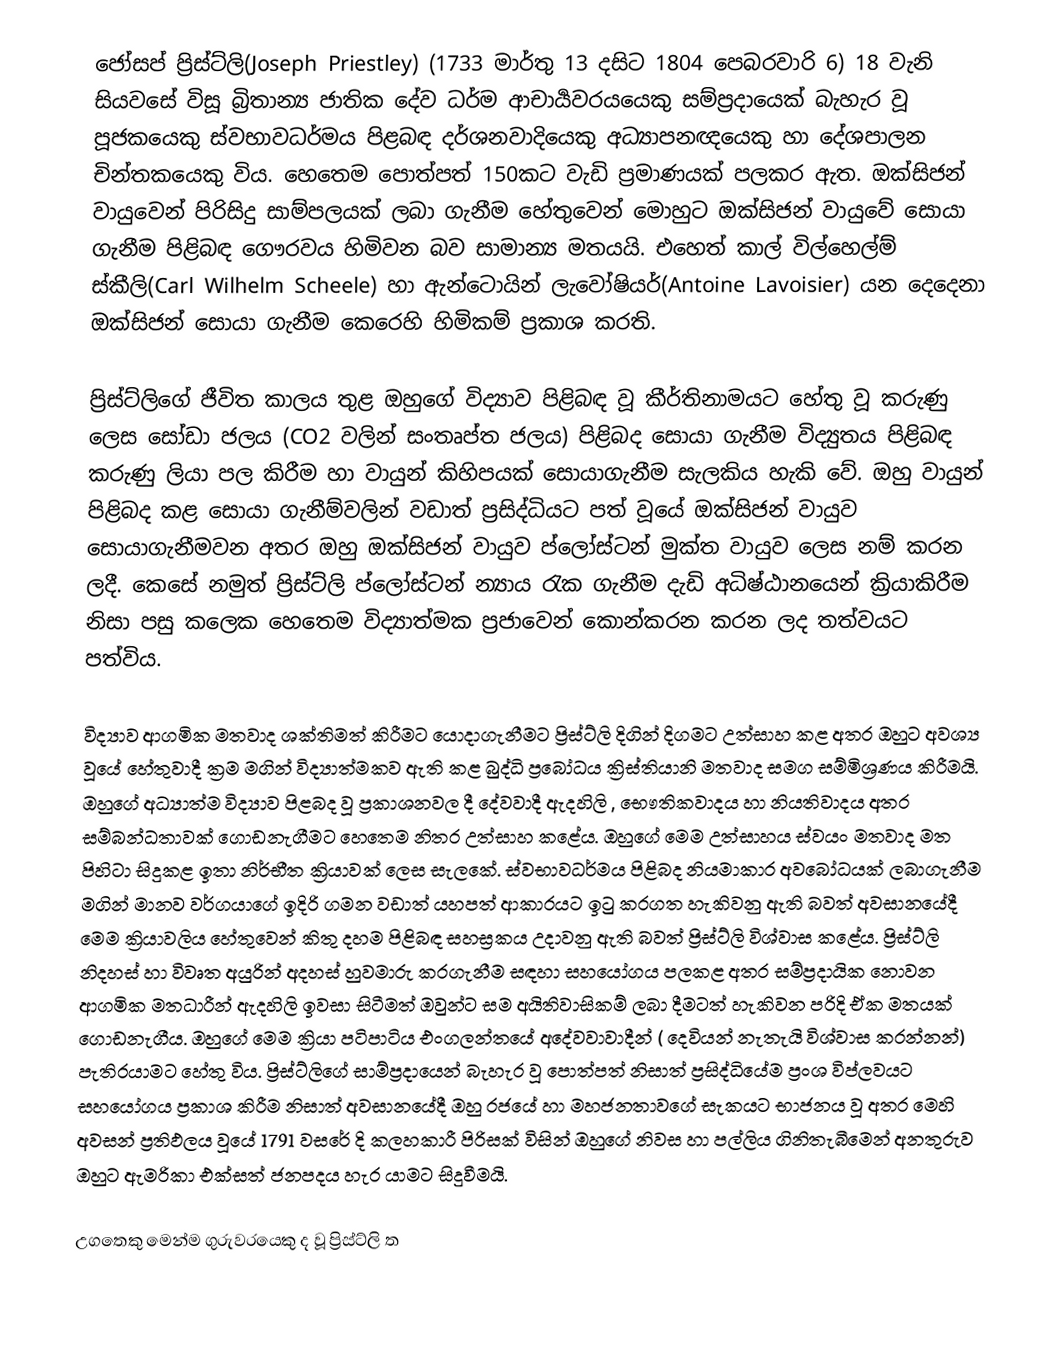
ජෝසප් ප්‍රිස්ට්ලි(Joseph Priestley) (1733 මාර්තු 13 දසිට 1804 පෙබරවාරි 6) 18 වැනි සියවසේ විසූ බ්‍රිතාන්‍ය ජාතික දේව ධර්ම ආචාර්‍යවරයයෙකු සම්ප්‍රදායෙක් බැහැර වූ පූජකයෙකු ස්වභාවධර්මය පිළබඳ දර්ශනවාදියෙකු අධ්‍යාපනඥයෙකු හා දේශපාලන චින්තකයෙකු විය. හෙතෙම පොත්පත් 150කට වැඩි ප්‍රමාණයක් පලකර ඇත. ඔක්සිජන් වායුවෙන් පිරිසිදු සාම්පලයක් ලබා ගැනීම හේතුවෙන් මොහුට ඔක්සිජන් වායුවේ සොයා ගැනීම පිළිබඳ ගෞරවය හිමිවන බව සාමාන්‍ය මතයයි. එහෙත් කාල් විල්හෙල්ම් ස්කීලි(Carl Wilhelm Scheele) හා ඇන්ටොයින් ලැවෝෂියර්(Antoine Lavoisier) යන දෙදෙනා ඔක්සිජන් සොයා ගැනීම කෙරෙහි හිමිකම් ප්‍රකාශ කරති.

ප්‍රිස්ට්ලිගේ ජීවිත කාලය තුළ ඔහුගේ විද්‍යාව පිළිබඳ වූ කීර්තිනාමයට හේතු වූ කරුණු ලෙස සෝඩා ජලය (CO2 වලින් සංතෘප්ත ජලය) පිළිබද සොයා ගැනීම විද්‍යුතය පිළිබඳ කරුණු ලියා පල කිරීම හා වායුන් කිහිපයක් සොයාගැනීම සැලකිය හැකි වේ. ඔහු වායුන් පිළිබද කළ සොයා ගැනීම්වලින් වඩාත් ප්‍රසිද්ධියට පත් වූයේ ඔක්සිජන් වායුව සොයාගැනීමවන අතර ඔහු ඔක්සිජන් වායුව ප්ලෝස්ටන් මුක්ත වායුව ලෙස නම් කරන ලදී. කෙසේ නමුත් ප්‍රිස්ට්ලි ප්ලෝස්ටන් න්‍යාය රැක ගැනීම දැඩි අධිෂ්ඨානයෙන් ක්‍රියාකිරීම නිසා පසු කලෙක හෙතෙම විද්‍යාත්මක ප්‍රජාවෙන් කොන්කරන කරන ලද තත්වයට පත්විය.

විද්‍යාව ආගමික මතවාද ශක්තිමත් කිරීමට යොදාගැනීමට ප්‍රිස්ට්ලි දිගින් දිගමට උත්සාහ කළ අතර ඔහුට අවශ්‍ය වූයේ හේතුවාදී ක්‍රම මගින් විද්‍යාත්මකව ඇති කළ බුද්ධි ප්‍රබෝධය ක්‍රිස්තියානි මතවාද සමග සම්මිශ්‍රණය කිරීමයි. ඔහුගේ අධ්‍යාත්ම විද්‍යාව පිළබද වූ ප්‍රකාශනවල දී දේවවාදී ඇදහිලි , භෞතිකවාදය හා නියතිවාදය අතර සම්බන්ධතාවක් ගොඩනැගීමට හෙතෙම නිතර උත්සාහ කළේය. ඔහුගේ මෙම උත්සාහය ස්වයං මතවාද මත පිහිටා සිදුකළ ඉතා නිර්භීත ක්‍රියාවක් ලෙස සැලකේ. ස්වභාවධර්මය පිළිබද නියමාකාර අවබෝධයක් ලබාගැනීම මගින් මානව වර්ගයාගේ ඉදිරි ගමන වඩාත් යහපත් ආකාරයට ඉටු කරගත හැකිවනු ඇති බවත් අවසානයේදී මෙම ක්‍රියාවලිය හේතුවෙන් කිතු දහම පිළිබඳ සහස්‍රකය උදාවනු ඇති බවත් ප්‍රිස්ට්ලි විශ්වාස කළේය. ප්‍රිස්ට්ලි නිදහස් හා විවෘත අයුරින් අදහස් හුවමාරු කරගැනීම සඳහා සහයෝගය පලකළ අතර සම්ප්‍රදායික නොවන ආගමික මතධාරීන් ඇදහිලි ඉවසා සිටීමත් ඔවුන්ට සම අයිතිවාසිකම් ලබා දීමටත් හැකිවන පරිදි ඒක මතයක් ගොඩනැගීය. ඔහුගේ මෙම ක්‍රියා පටිපාටිය එංගලන්තයේ අදේවවාවාදීන් ( දෙවියන් නැතැයි විශ්වාස කරන්නන්) පැතිරයාමට හේතු විය. ප්‍රිස්ට්ලිගේ සාම්ප්‍රදායෙන් බැහැර වූ පොත්පත් නිසාත් ප්‍රසිද්ධියේම ප්‍රංශ විප්ලවයට සහයෝගය ප්‍රකාශ කිරීම නිසාත් අවසානයේදී ඔහු රජයේ හා මහජනතාව‍ගේ සැකයට භාජනය වූ අතර මෙහි අවසන් ප්‍රතිඵලය වූයේ 1791 වසරේ දි කලහකාරී පිරිසක් විසින් ඔහුගේ නිවස හා පල්ලිය ගිනිතැබීමෙන් අනතුරුව ඔහුට ඇමරිකා එක්සත් ජනපදය හැර යාමට සිදුවීමයි.

උගතෙකු මෙන්ම ගුරුවරයෙකු ද වූ ප්‍රිස්ට්ලි ත